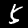
Label: 5